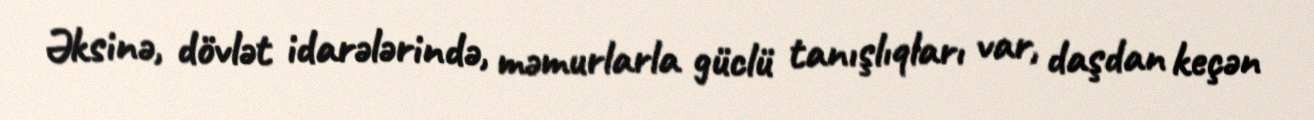
Əksinə, dövlət idarələrində, məmurlarla güclü tanışlıqları var, daşdan keçən